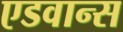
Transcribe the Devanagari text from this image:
एडवान्स